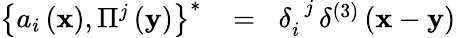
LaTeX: \begin{array}{rlr}{\left\{ {a_{i}\left({\mathbf x}\right),\Pi^{j}\left({\mathbf y}\right)}\right\} ^{\ast}\! }&{{}=}&{\! \delta_{i}^{\; \, j}\, \delta^{\left(3\right)}\left({{\mathbf x}-{\mathbf y}}\right)}\end{array}